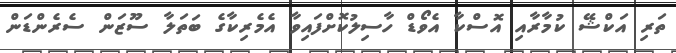
ތަރި އަކްޝޭ ކުމާރާއި އޮސްކާ އެވޯޑް ހާސިލުކޮށްފައިވާ އެމެރިކާގެ ބަތަލާ ސޫޒަން ސެރެންޑަން